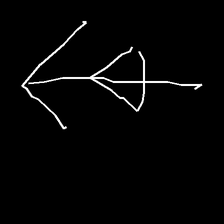
Glyph: pull